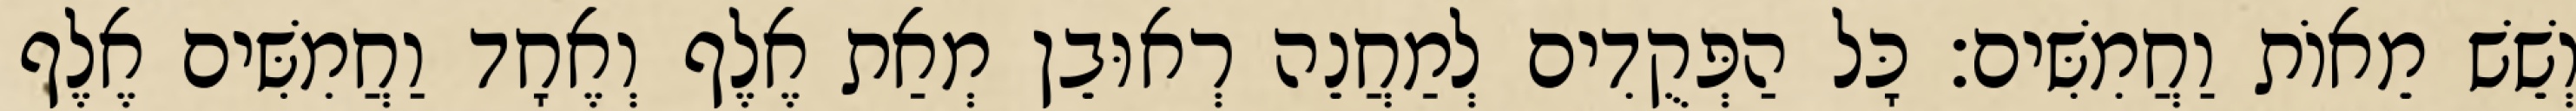
וְשֵׁשׁ מֵאוֹת וַחֲמִשִּׁים׃ כָּל הַפְּקֻדִים לְמַחֲנֵה רְאוּבֵן מְאַת אֶלֶף וְאֶחָד וַחֲמִשִּׁים אֶלֶף